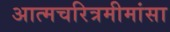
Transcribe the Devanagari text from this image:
अात्मचरित्रमीमांसा